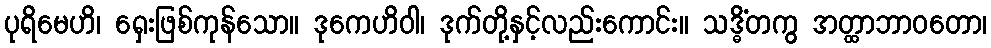
ပုရိမေဟိ၊ ရှေးဖြစ်ကုန်သော။ ဒုကေဟိဝါ၊ ဒုက်တို့နှင့်လည်းကောင်း။ သဒ္ဓိံတကွ အတ္ထာဘာဝတော၊